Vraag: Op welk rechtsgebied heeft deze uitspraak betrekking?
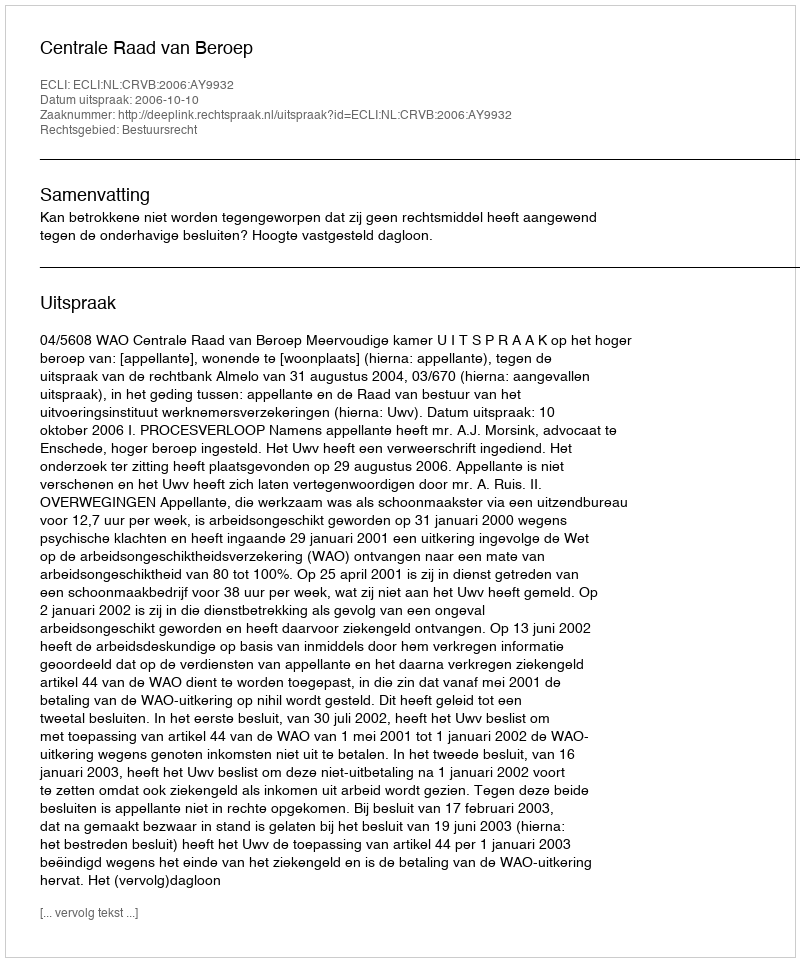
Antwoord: Bestuursrecht